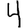
Digit: 4